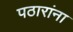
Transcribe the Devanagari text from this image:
पठारांना